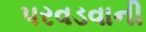
પરવડવાની